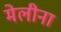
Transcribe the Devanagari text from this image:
मेलीना